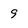
Character: 9